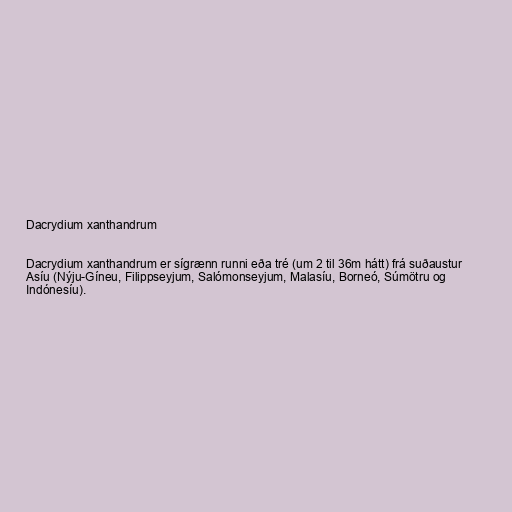
Dacrydium xanthandrum

Dacrydium xanthandrum er sígrænn runni eða tré (um 2 til 36m hátt) frá suðaustur
Asíu (Nýju-Gíneu, Filippseyjum, Salómonseyjum, Malasíu, Borneó, Súmötru og
Indónesíu).